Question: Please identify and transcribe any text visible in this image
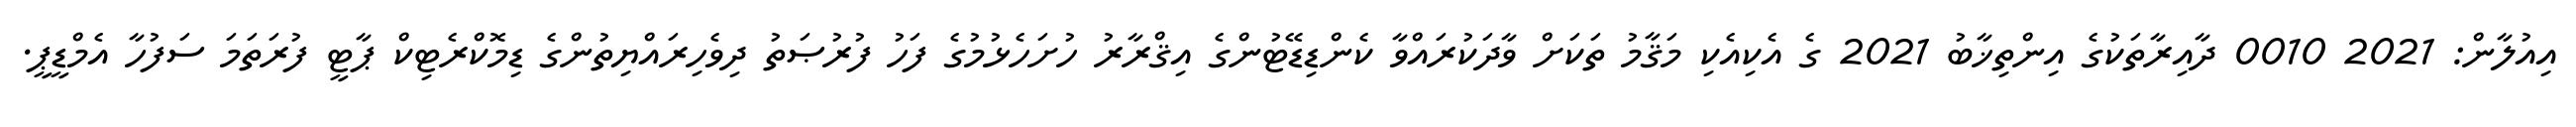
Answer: އިއުލާން: 2021 0010 ދާއިރާތަކުގެ އިންތިޚާބު 2021 ގެ އެކިއެކި މަޤާމު ތަކަށް ވާދަކުރައްވާ ކެންޑިޑޭޓުންގެ އިޤްރާރު ހުށަހެޅުމުގެ ފަހު ފުރުޞަތު ދިވެހިރައްޔިތުންގެ ޑިމޮކްރެޓިކް ޕާޓީ ފުރަތަމަ ސަފުހާ އެމްޑީޕީ.